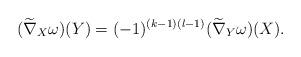
LaTeX: \begin{align*}(\widetilde{\nabla}_X\omega)(Y)=(-1)^{(k-1)(l-1)}(\widetilde{\nabla}_Y\omega)(X).\end{align*}